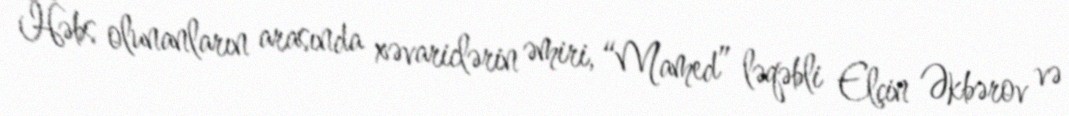
Həbs olunanların arasında xəvariclərin əmiri, “Mamed” ləqəbli Elçin Əkbərov və